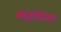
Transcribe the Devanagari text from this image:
संहंतिंना